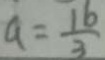
a = \frac { 1 6 } { 3 }